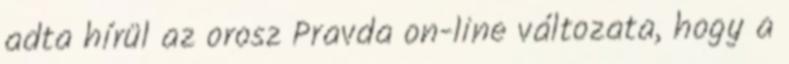
adta hírül az orosz Pravda on-line változata, hogy a